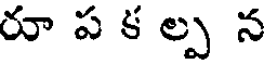
రూ ప క ల్ప న